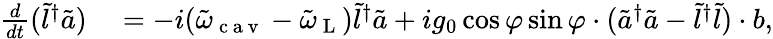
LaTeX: \begin{array}{rl}{\frac{d}{dt}(\tilde{l}^{\dagger}\tilde{a})}&{{}=-i(\tilde{\omega}_{\mathrm{~c~a~v~}}-\tilde{\omega}_{\mathrm{~L~}})\tilde{l}^{\dagger}\tilde{a}+ig_{0}\cos\varphi\sin\varphi\cdot(\tilde{a}^{\dagger}\tilde{a}-\tilde{l}^{\dagger}\tilde{l})\cdot b,}\end{array}